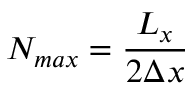
N _ { m a x } = \frac { L _ { x } } { 2 \Delta x }